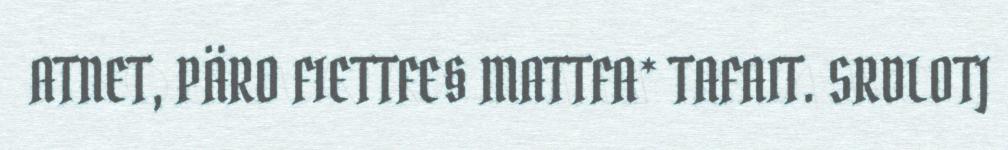
ATNET, PÄRO FIETTFE§ MATTFA* TAFAIT. SRDLOTJ